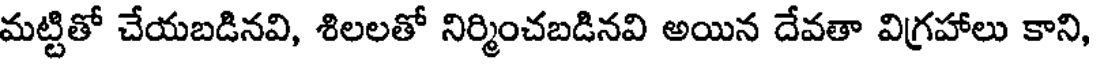
మట్టితో చేయబడినవి, శిలలతో నిర్మించబడినవి అయిన దేవతా విగ్రహాలు కాని,